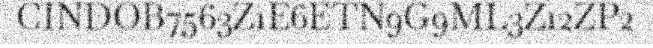
CINDOB7563Z1E6ETN9G9ML3Z12ZP2